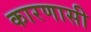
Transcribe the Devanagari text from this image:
कारणासी